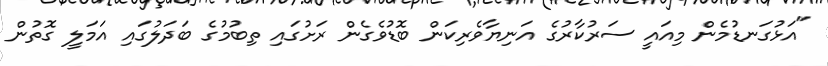
"އަޅުގަނޑުމެން މިއައީ ސަރުކާރުގެ އަނިޔާވެރިކަން ބޮޑުވެގެން ރަށުގައި ތިބުމުގެ ބަދަލުގައި އަމަލީ ގޮތުން